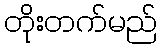
တိုးတက်မည်